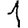
Digit: 1